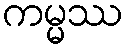
ကမ္မဿ